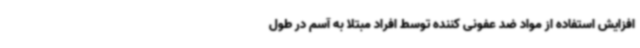
افزایش استفاده از مواد ضد عفونی کننده توسط افراد مبتلا به آسم در طول